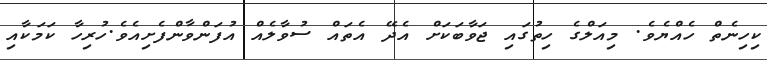
ކިހިނެތް ހެއްޔެވެ. މިއަލްގެ ހިތުގައި ޖަވާބަކަށް އެދޭ އެތައް ސުވާލެއް އުފަންވާންފެށިއެވެ.ހުރިހާ ކަމަކާއި